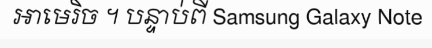
អាមេរិច ។ បន្ទាប់ពី Samsung Galaxy Note